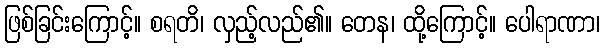
ဖြစ်ခြင်းကြောင့်။ စရတိ၊ လှည့်လည်၏။ တေန၊ ထို့ကြောင့်။ ပေါရာဏာ၊